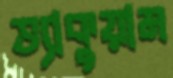
ভ্যাকুয়াম